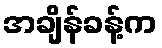
အချိန်ခန့်က